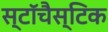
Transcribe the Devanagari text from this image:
स्टॉचैस्टिक